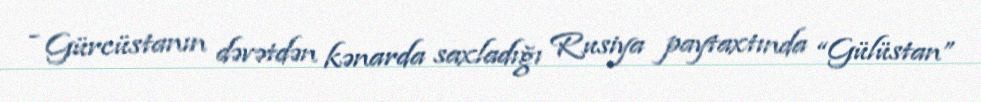
- Gürcüstanın dəvətdən kənarda saxladığı Rusiya paytaxtında “Gülüstan”